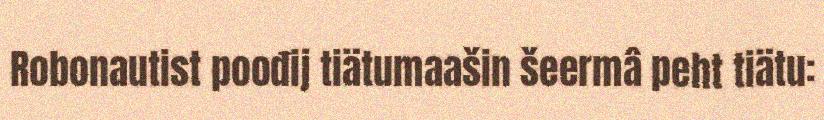
Robonautist poođij tiätumaašin šeermâ peht tiätu: